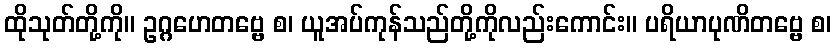
ထိုသုတ်တို့ကို။ ဥဂ္ဂဟေတဗ္ဗေ စ၊ ယူအပ်ကုန်သည်တို့ကိုလည်းကောင်း။ ပရိယာပုဏိတဗ္ဗေ စ၊